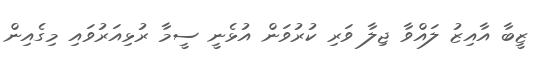
ޒީބާ އާއިޒު ލައްވާ ޖިލާ ވަރި ކުރުވަން އުޅެނީ ސީމާ ރުޅިއަރުވައި މިގެއިން